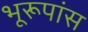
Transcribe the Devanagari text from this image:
भूरूपांस